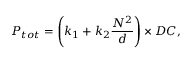
P _ { t o t } = \left( k _ { 1 } + k _ { 2 } \frac { N ^ { 2 } } { d } \right) \times D C ,